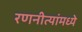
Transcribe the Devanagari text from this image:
रणनीत्यांमध्ये